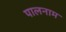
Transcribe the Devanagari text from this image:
पालनाम